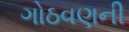
ગોઠવણની